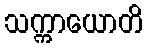
သက္ကာယောတိ